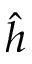
\hat { h }